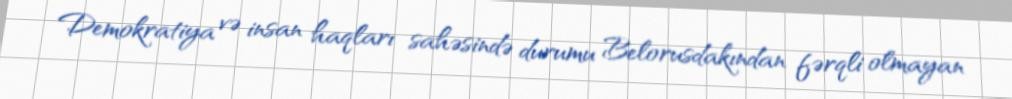
Demokratiya və insan haqları sahəsində durumu Belorusdakından fərqli olmayan